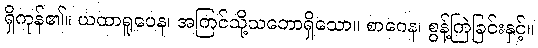
ရှိကုန်၏။ ယထာရူပေန၊ အကြင်သို့သဘောရှိသော။ စာဂေန၊ စွန့်ကြဲခြင်းနှင့်။